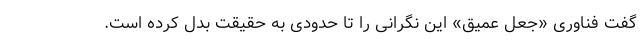
گفت فناوری «جعل عمیق» این نگرانی را تا حدودی به حقیقت بدل کرده است.